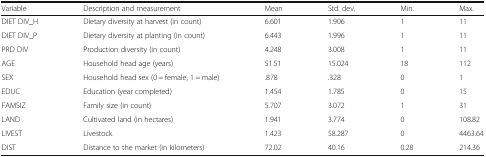
<table><thead><tr><td><b>Variable</b></td><td><b>Description and measurement</b></td><td><b>Mean</b></td><td><b>Std. dev.</b></td><td><b>Min.</b></td><td><b>Max.</b></td></tr></thead><tbody><tr><td>DIET DIV_H</td><td>Dietary diversity at harvest (in count)</td><td>6.601</td><td>1.906</td><td>1</td><td>11</td></tr><tr><td>DIET DIV_P</td><td>Dietary diversity at planting (in count)</td><td>6.443</td><td>1.996</td><td>1</td><td>11</td></tr><tr><td>PRD DIV</td><td>Production diversity (in count)</td><td>4.248</td><td>3.008</td><td>1</td><td>11</td></tr><tr><td>AGE</td><td>Household head age (years)</td><td>51.51</td><td>15.024</td><td>18</td><td>112</td></tr><tr><td>SEX</td><td>Household head sex (0 = female, 1 = male)</td><td>.878</td><td>.328</td><td>0</td><td>1</td></tr><tr><td>EDUC</td><td>Education (year completed)</td><td>1.454</td><td>1.785</td><td>0</td><td>15</td></tr><tr><td>FAMSIZ</td><td>Family size (in count)</td><td>5.707</td><td>3.072</td><td>1</td><td>31</td></tr><tr><td>LAND</td><td>Cultivated land (in hectares)</td><td>1.941</td><td>3.774</td><td>0</td><td>108.82</td></tr><tr><td>LIVEST</td><td>Livestock</td><td>1.423</td><td>58.287</td><td>0</td><td>4463.64</td></tr><tr><td>DIST</td><td>Distance to the market (in kilometers)</td><td>72.02</td><td>40.16</td><td>0.28</td><td>214.36</td></tr></tbody></table>